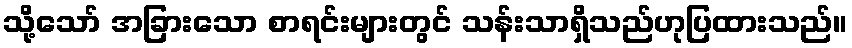
သို့သော် အခြားသော စာရင်းများတွင် သန်းသာရှိသည်ဟုပြထားသည်။